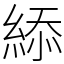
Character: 䋬